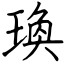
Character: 瑍